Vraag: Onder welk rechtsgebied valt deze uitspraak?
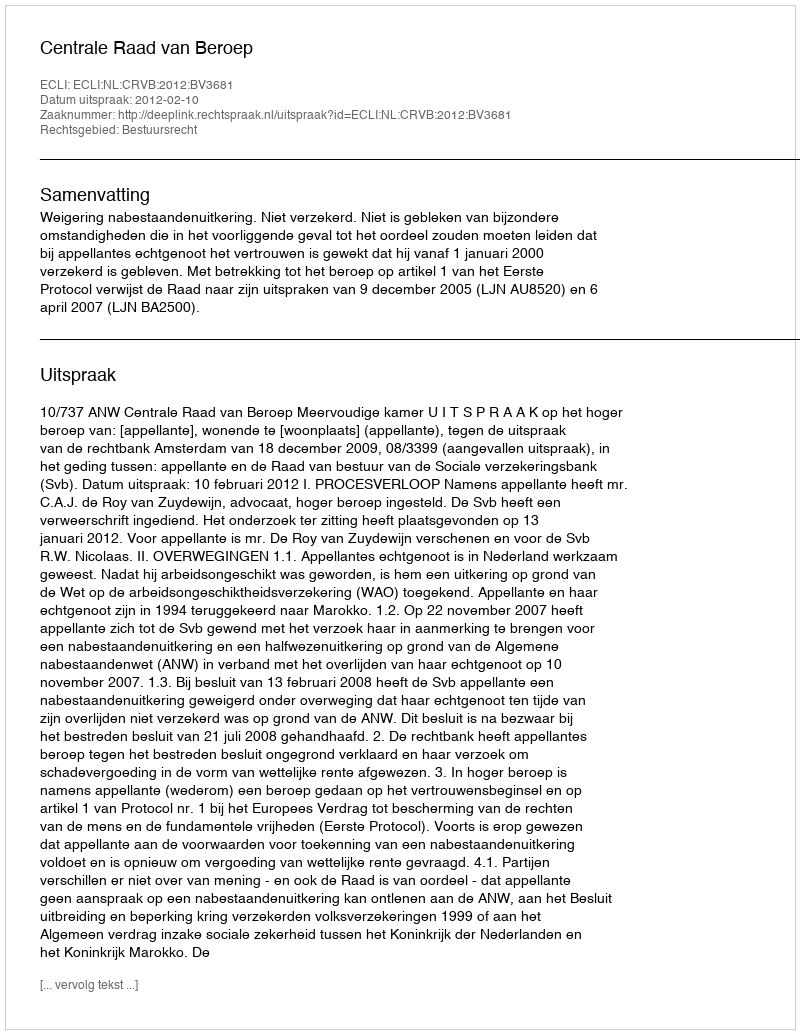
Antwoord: Bestuursrecht